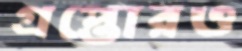
গ্রপ্তোরও